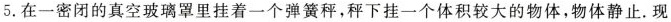
5. 在一密闭的真空玻璃罩里挂着一个弹簧秤，秤下挂一个体积较大的物体，物体静止。现